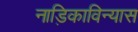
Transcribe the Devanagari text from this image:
नाड़िकाविन्यास